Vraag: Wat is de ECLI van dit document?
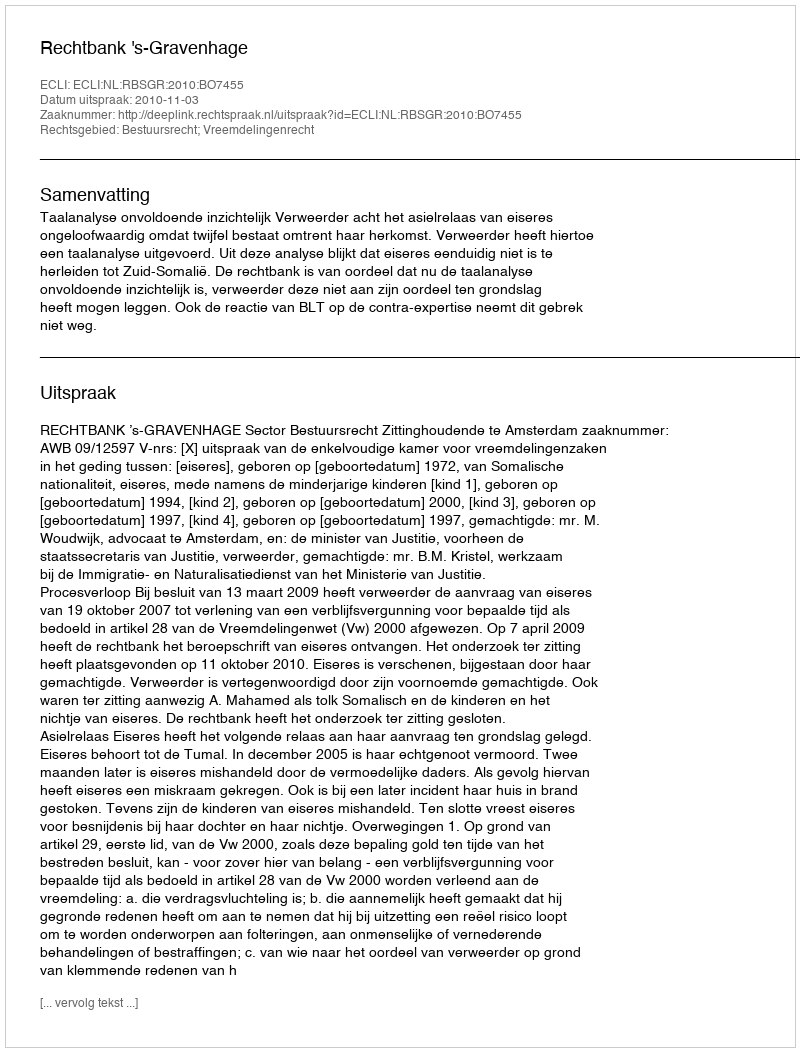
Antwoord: ECLI:NL:RBSGR:2010:BO7455